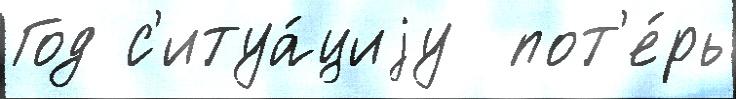
Год с'итуа́циjу  пот'е́рь